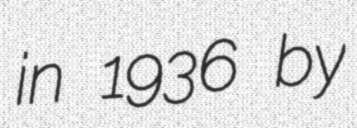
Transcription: in 1936 by